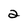
Character: 2